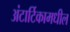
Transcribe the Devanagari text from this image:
अंटार्टिकामधील